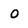
Character: 0